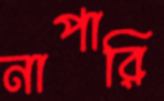
নাপারি